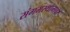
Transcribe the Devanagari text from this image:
संगमस्थानावर